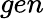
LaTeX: gen